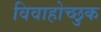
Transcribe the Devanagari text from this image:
विवाहोच्छुक